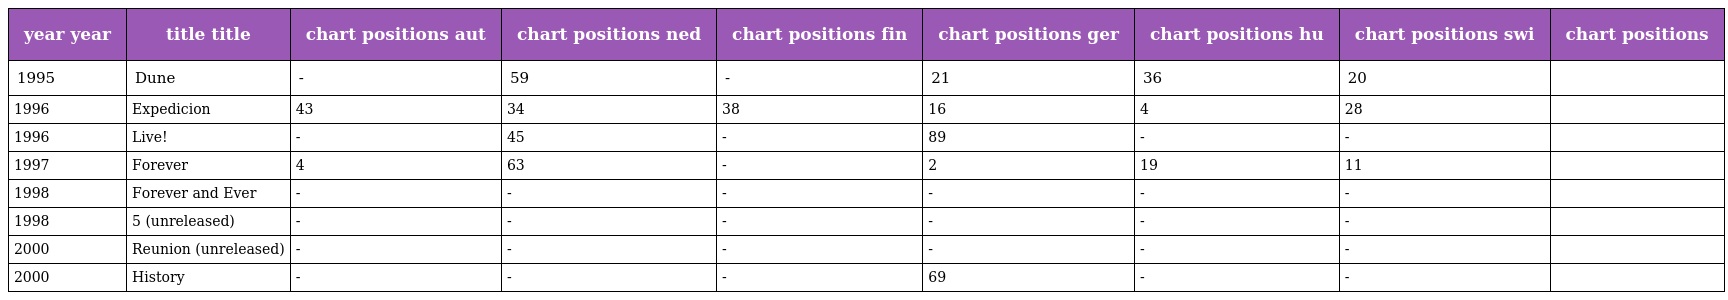
| year year | title title | chart positions aut | chart positions ned | chart positions fin | chart positions ger | chart positions hu | chart positions swi | chart positions |
 | --- | --- | --- | --- | --- | --- | --- | --- | --- |
 | 1995 | Dune | - | 59 | - | 21 | 36 | 20 |  |
 | 1996 | Expedicion | 43 | 34 | 38 | 16 | 4 | 28 |  |
 | 1996 | Live! | - | 45 | - | 89 | - | - |  |
 | 1997 | Forever | 4 | 63 | - | 2 | 19 | 11 |  |
 | 1998 | Forever and Ever | - | - | - | - | - | - |  |
 | 1998 | 5 (unreleased) | - | - | - | - | - | - |  |
 | 2000 | Reunion (unreleased) | - | - | - | - | - | - |  |
 | 2000 | History | - | - | - | 69 | - | - |  |